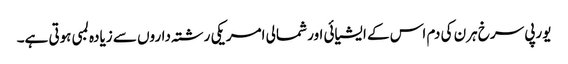
یورپی سرخ ہرن کی دم اس کے ایشیائی اور شمالی امریکی رشتہ داروں سے زیادہ لمبی ہوتی ہے۔